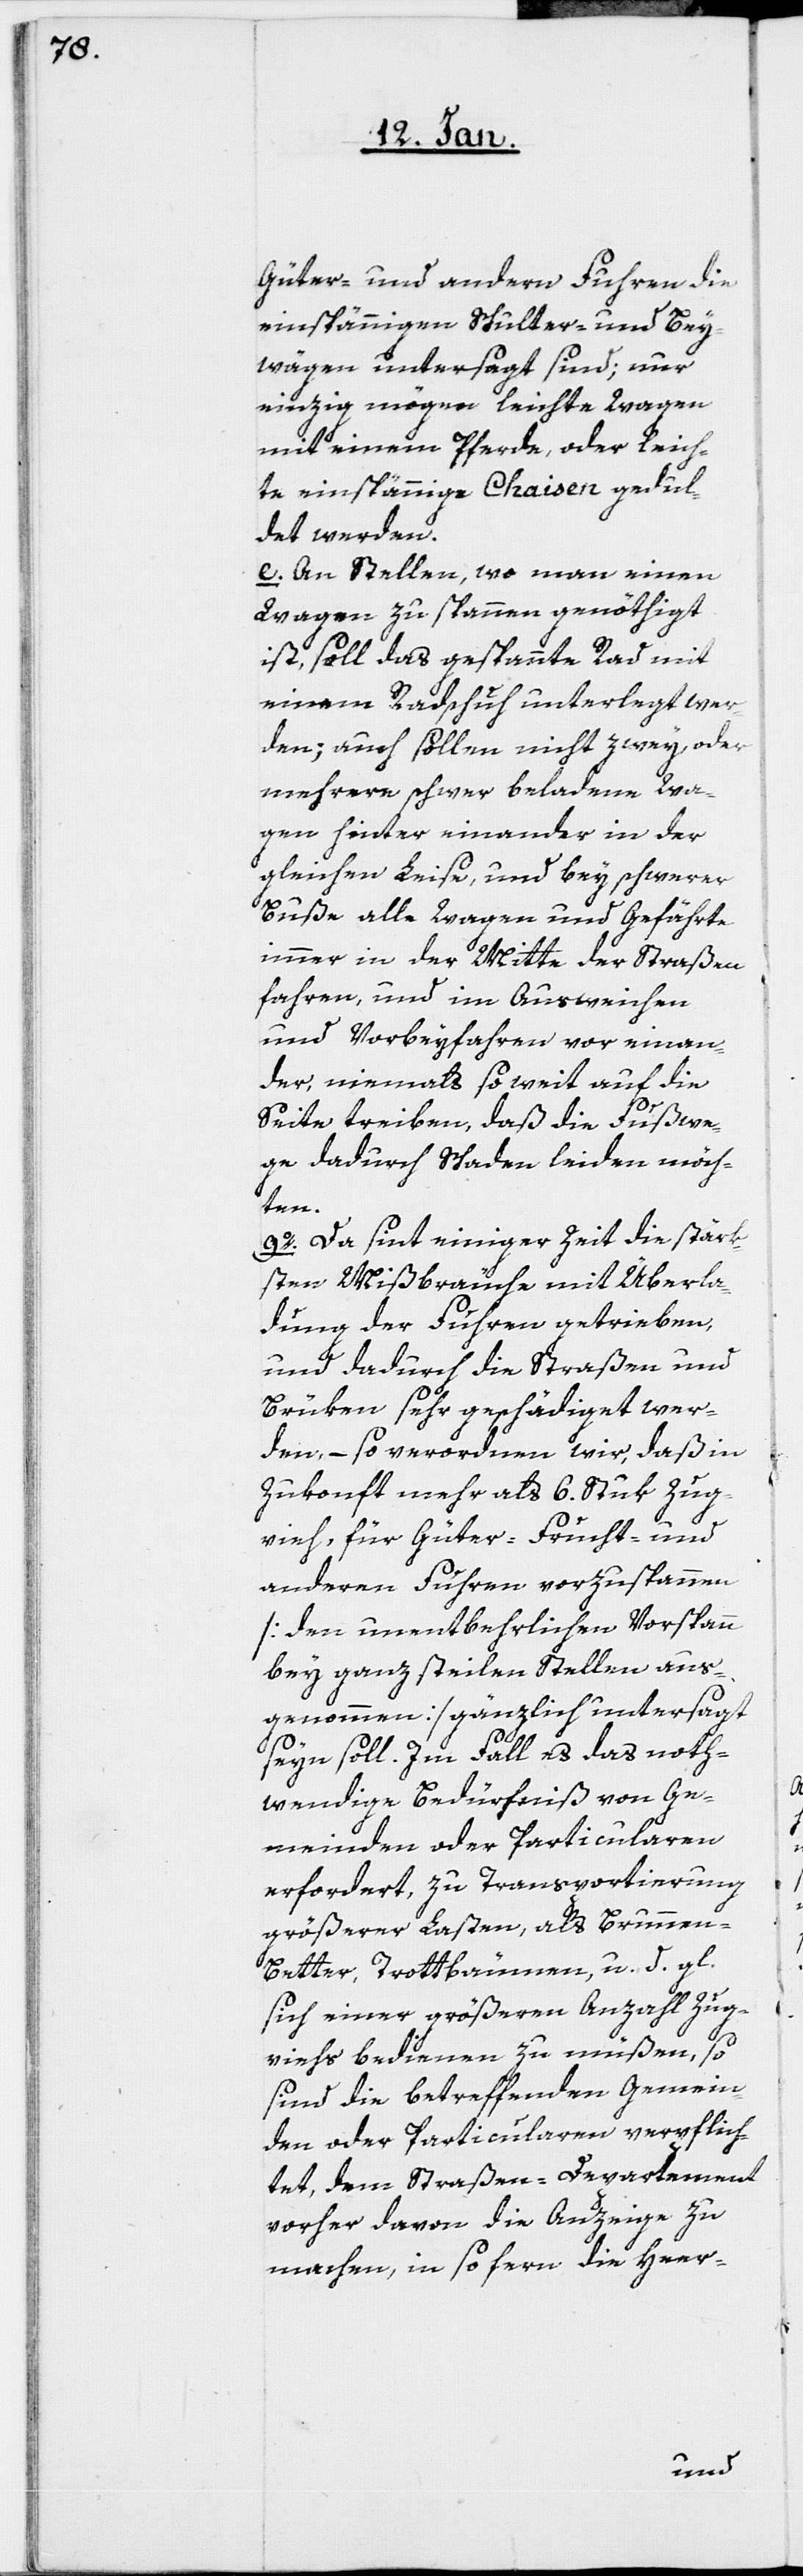
Güter- und andern Fuhren die
einspämmigen Schulter- und Bey¬
wägen untersagt sind; nur
einzig mögen leichte Wagen
mit einem Pferde oder leich¬
te einspämmige Chaisen gedul¬
det werden.
e. An Stellen, wo man einen
Wagen zu spannen genöthigt
ist, soll das gespannte Rad mit
einem Radschuh unterlegt wer¬
den; auch sollen nicht zwei oder
mehrere schwer beladene Wa¬
gen hintereinander in der
gleichen Leise [sic!], und bey schwerer
Buße alle Wagen und Gefährte
immer in der Mitte der Straßen
fahren, und im Ausweichen
und Vorbeyfahren vor einan¬
der, niemals so weit auf die
Seite treiben, daß die Fußwe¬
ge dadurch Schaden leiden möch¬
ten.
9o. Da seit einiger Zeit die stärk¬
sten Mißbräuche mit Überla¬
dung der Fuhren getrieben,
und dadurch die Straßen und
Brüken sehr geschädiget wer¬
den, – so verordnen wir, daß in
Zukonft mehr als 6. Stuk Zug¬
vieh für Güter-, Frucht- und
anderen Fuhren vorzuspannen
[den unentbehrlichen Vorspann
bey ganz steilen Stellen aus¬
genommen] gänzlich untersagt
seyn soll. Im Fall es das noth¬
wendige Bedürfniß von Ge¬
meinden oder Particularen
erfordert, zu Transportierung
größerer Lasten, als Brunnen-B¬
etter, Trottbäumen u. d. gl.,
sich einer größeren Anzahl Zug¬
viehs bedienen zu müßen, so
sind die betreffenden Gemein¬
den oder Particularen verpflich¬
tet, dem Straßen-Departement
vorher davon die Anzeige zu
machen, in so fern die Heer-